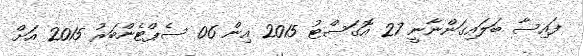
ފައިސާ ބަލައިގަންނާނީ 27 އޮގަސްޓު 2015 އިން 06 ސެޕްޓެންބަރު 2015 އަށް